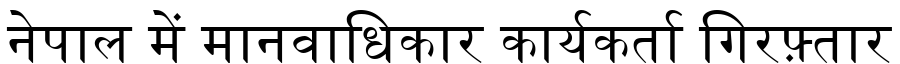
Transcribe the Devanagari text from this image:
नेपाल में मानवाधिकार कार्यकर्ता गिरफ़्तार